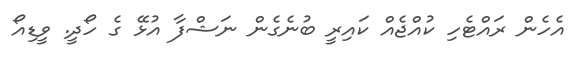
އެހެން ރައްޓެހި ކުއްޖެއް ކައިރީ ބުނެގެން ނަޝްފާ އުޅޭ ގެ ހޯދީ. ވީޑިއޯ